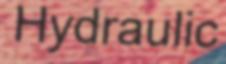
Hydraulic